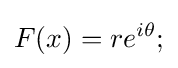
F(x)=re^{i\theta };